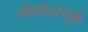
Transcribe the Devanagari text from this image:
सॉफवेअरमुळे